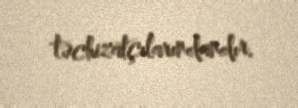
təchizatçılarındandır.